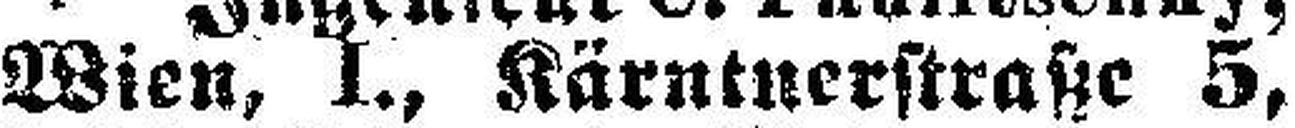
Wien, I., Kärntnerstraße 5,